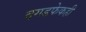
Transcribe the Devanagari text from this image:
दगडफेकही